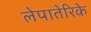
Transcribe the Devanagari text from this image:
लेपातेरिके